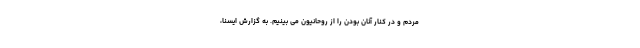
مردم و در کنار آنان بودن را از روحانیون می بینیم. به گزارش ایسنا،